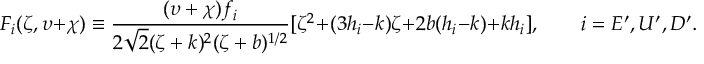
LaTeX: F _ { i } ( \zeta , \upsilon + \chi ) \equiv \frac { ( \upsilon + \chi ) f _ { i } } { 2 \sqrt { 2 } ( \zeta + k ) ^ { 2 } ( \zeta + b ) ^ { 1 / 2 } } [ \zeta ^ { 2 } + ( 3 h _ { i } - k ) \zeta + 2 b ( h _ { i } - k ) + k h _ { i } ] , \qquad i = E ^ { \prime } , U ^ { \prime } , D ^ { \prime } .